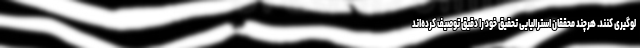
لوگیری کنند. هرچند محققان استرالیایی تحقیق خود را دقیق توصیف کرده‌اند